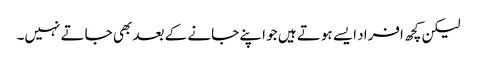
لیکن کچھ افراد ایسے ہوتے ہیں جو اپنے جانے کے بعد بھی جاتے نہیں۔